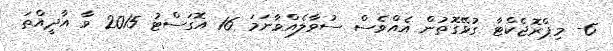
6- މިޕްރޮޖެކްޓާ ގުޅޭގޮތުން އެއްވެސް ސުވާލެއްވާނަމަ 16 އޮގަސްޓު 2015 ވާ އާދީއްތަ